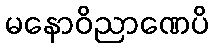
မနောဝိညာဏေပိ